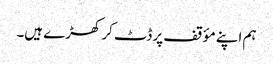
ہم اپنے مؤقف پر ڈٹ کر کھڑے ہیں۔